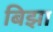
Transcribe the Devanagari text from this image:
बिझा